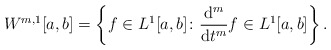
\begin{align*} W^{m,1}[a,b] = \left\{ f \in L^1[a,b] \colon \frac{\mathrm d^m}{\mathrm dt^m} f \in L^1[a,b] \right\}. \end{align*}